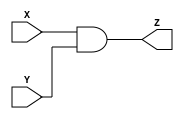
module PortaAND(X,Y,Z);

input X,Y;
output reg Z;

always@(*)
begin
	Z = X & Y;
end

endmodule